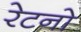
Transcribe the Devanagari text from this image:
रेटनो